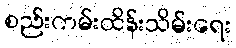
စည်းကမ်းထိန်းသိမ်းရေး